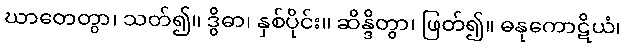
ဃာတေတွာ၊ သတ်၍။ ဒွိဓာ၊ နှစ်ပိုင်း။ ဆိန္ဒိတွာ၊ ဖြတ်၍။ ဓနုကောဋိယံ၊